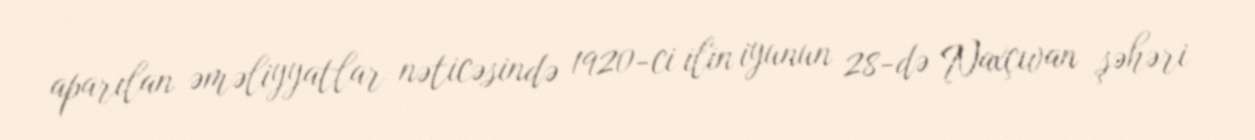
aparılan əməliyyatlar nəticəsində 1920-ci ilin iyunun 28-də Naxçıvan şəhəri